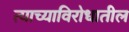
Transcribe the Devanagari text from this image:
त्याच्याविरोधातील